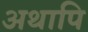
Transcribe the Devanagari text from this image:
अथापि